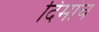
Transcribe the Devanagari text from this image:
दिमांच